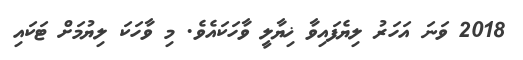
2018 ވަނަ އަހަރު ލިޔެފައިވާ ޚިޔާލީ ވާހަކައެވެ. މި ވާހަކަ ލިޔުމަށް ޓަކައި